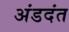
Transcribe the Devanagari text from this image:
अंडदंत